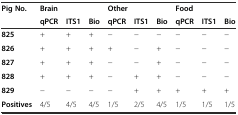
<table><thead><tr><td rowspan="2"><b>Pig No.</b></td><td colspan="3"><b>Brain</b></td><td colspan="3"><b>Other</b></td><td colspan="3"><b>Food</b></td></tr><tr><td><b>qPCR</b></td><td><b>ITS1</b></td><td><b>Bio</b></td><td><b>qPCR</b></td><td><b>ITS1</b></td><td><b>Bio</b></td><td><b>qPCR</b></td><td><b>ITS1</b></td><td><b>Bio</b></td></tr></thead><tbody><tr><td><b>825</b></td><td>+</td><td>+</td><td>+</td><td>−</td><td>−</td><td>−</td><td>−</td><td>−</td><td>−</td></tr><tr><td><b>826</b></td><td>+</td><td>+</td><td>+</td><td>+</td><td>−</td><td>+</td><td>−</td><td>−</td><td>−</td></tr><tr><td><b>827</b></td><td>+</td><td>+</td><td>+</td><td>−</td><td>−</td><td>+</td><td>−</td><td>−</td><td>−</td></tr><tr><td><b>828</b></td><td>+</td><td>+</td><td>+</td><td>−</td><td>+</td><td>+</td><td>−</td><td>−</td><td>−</td></tr><tr><td><b>829</b></td><td>−</td><td>−</td><td>−</td><td>−</td><td>+</td><td>+</td><td>+</td><td>+</td><td>+</td></tr><tr><td><b>Positives</b></td><td>4/5</td><td>4/5</td><td>4/5</td><td>1/5</td><td>2/5</td><td>4/5</td><td>1/5</td><td>1/5</td><td>1/5</td></tr></tbody></table>